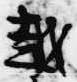
越